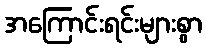
အကြောင်းရင်းများစွာ